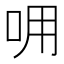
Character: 𠰩